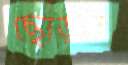
ছোড়ার